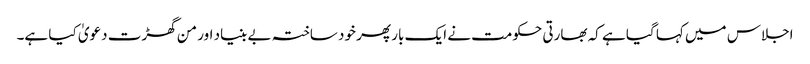
اجلاس میں کہا گیا ہے کہ بھارتی حکومت نے ایک بار پھر خود ساختہ بے بنیاد اور من گھڑت دعویٰ کیا ہے۔